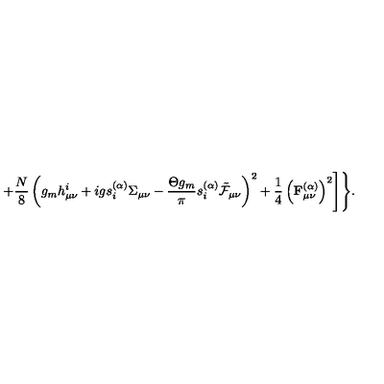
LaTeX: + \frac { N } { 8 } \left( g _ { m } h _ { \mu \nu } ^ { i } + i g s _ { i } ^ { ( \alpha ) } \Sigma _ { \mu \nu } - \frac { \Theta g _ { m } } { \pi } s _ { i } ^ { ( \alpha ) } \tilde { \cal F } _ { \mu \nu } \right) ^ { 2 } + \frac 1 4 \left( { \bf F } _ { \mu \nu } ^ { ( \alpha ) } \right) ^ { 2 } \Biggr ] \Biggr \} .